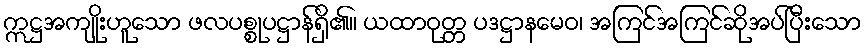
ဣဋ္ဌအကျိုးဟူသော ဖလပစ္စုပဋ္ဌာန်ရှိ၏။ ယထာဝုတ္တ ပဒဋ္ဌာနမေဝ၊ အကြင်အကြင်ဆိုအပ်ပြီးသော